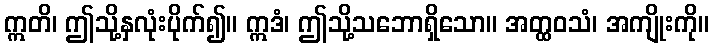
ဣတိ၊ ဤသို့နှလုံးပိုက်၍။ ဣဒံ၊ ဤသို့သဘောရှိသော။ အတ္ထဝသံ၊ အကျိုးကို။